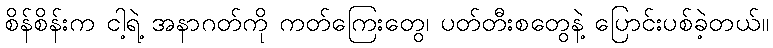
စိန်စိန်းက ငါ့ရဲ့ အနာဂတ်ကို ကတ်ကြေးတွေ၊ ပတ်တီးစတွေနဲ့ ပြောင်းပစ်ခဲ့တယ်။